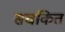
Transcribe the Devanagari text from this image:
सचकित